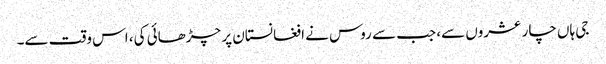
جی ہاں چار عشروں سے، جب سے روس نے افغانستان پر چڑھائی کی، اس وقت سے۔